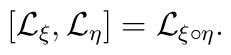
[{\cal L}_{\xi}, {\cal L}_{\eta}] = {\cal L}_{\xi \circ \eta}.